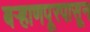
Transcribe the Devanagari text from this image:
बऱ्हाणपूरपासून